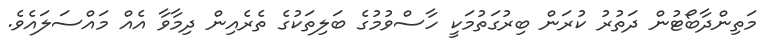
މަތިންދާބޯޓުން ދަތުރު ކުރަން ބިރުގަތުމަކީ ހާސްވުމުގެ ބަލިތަކުގެ ތެރެއިން ދިމާވާ އެއް މައްސަލައެވެ.